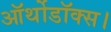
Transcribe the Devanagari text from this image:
ऑर्थोडॉक्स।